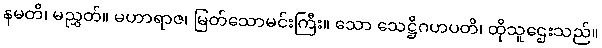
နမတိ၊ မညွှတ်။ မဟာရာဇ၊ မြတ်သောမင်းကြီး။ သော သေဋ္ဌိဂဟပတိ၊ ထိုသူဌေးသည်။